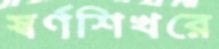
স্বর্ণশিখরে